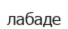
лабаде